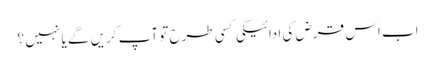
اب اس قرض کی ادائیگی کسی طرح تو آپ کریں گے یا نہیں ؟